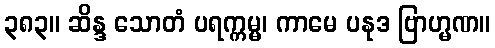
၃၈၃။ ဆိန္ဒ သောတံ ပရက္ကမ္မ၊ ကာမေ ပနုဒ ဗြာဟ္မဏ။